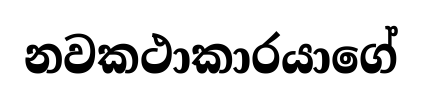
නවකථාකාරයාගේ